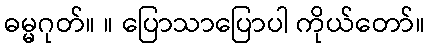
ဓမ္မဂုတ်။ ။ ပြောသာပြောပါ ကိုယ်တော်။